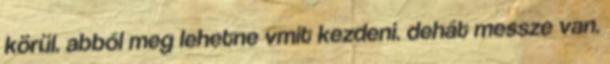
körül. abból meg lehetne vmit kezdeni. dehát messze van.